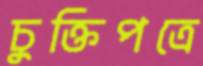
চুক্তিপত্রে